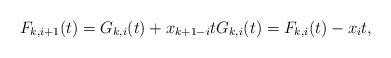
LaTeX: \begin{align*}F_{k,i+1}(t) = G_{k,i}(t) + x_{k+1-i}t G_{k,i}(t) = F_{k,i}(t) - x_i t,\end{align*}